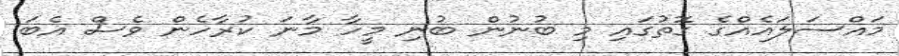
މައްސަލައެއްގެ ގޮތުގައި މި ބުނުން ބުނި މީހާ މާނަ ކުރާހެން ވެސް އެބަ